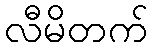
လီမိတက်